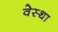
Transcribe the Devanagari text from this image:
वेस्था